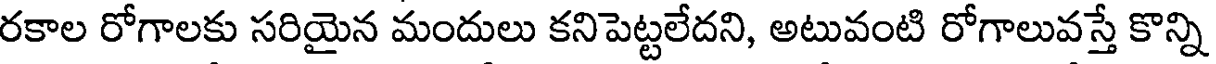
రకాల రోగాలకు సరియైన మందులు కనిపెట్టలేదని, అటువంటి రోగాలువస్తే కొన్ని